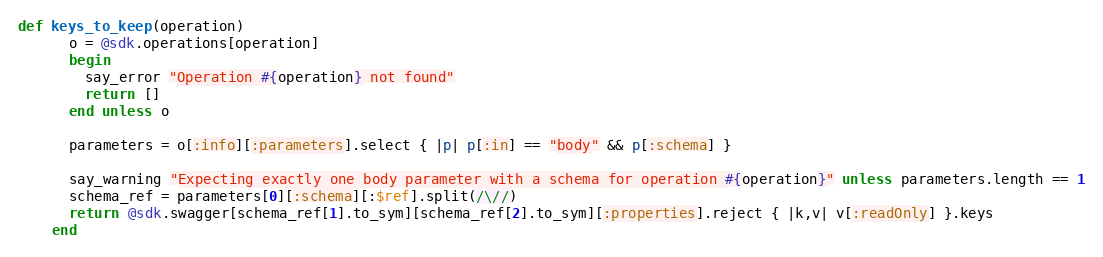
Language: Ruby
def keys_to_keep(operation)
      o = @sdk.operations[operation]
      begin
        say_error "Operation #{operation} not found"
        return []
      end unless o

      parameters = o[:info][:parameters].select { |p| p[:in] == "body" && p[:schema] }

      say_warning "Expecting exactly one body parameter with a schema for operation #{operation}" unless parameters.length == 1
      schema_ref = parameters[0][:schema][:$ref].split(/\//)
      return @sdk.swagger[schema_ref[1].to_sym][schema_ref[2].to_sym][:properties].reject { |k,v| v[:readOnly] }.keys
    end